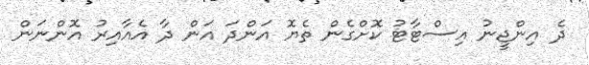
ދެ އިންޖީނު އިސްޓާޓު ކޮށްގެން ތެޔޮ އަންދަ އަން ދާ އެއާއިރު އޮންނަން